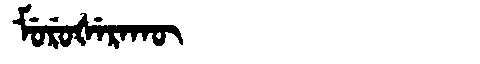
Manchu: ᠮᡠᡵᡠᡧᡝᡵᠠᡴᡡ
Romanization: MURUŠERAKŪ